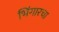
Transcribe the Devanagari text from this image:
भिंगारचा